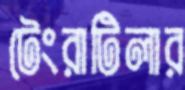
টেংরাটিলার